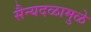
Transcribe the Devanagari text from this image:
सैन्यदळामुळे